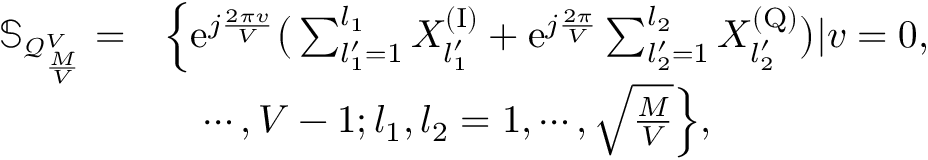
\begin{array} { r l } { \mathbb { S } _ { \mathcal { Q } _ { \frac { M } { V } } ^ { V } } = } & { \Big \{ \mathrm { e } ^ { j \frac { 2 \pi v } { V } } \big ( \sum _ { l _ { 1 } ^ { \prime } = 1 } ^ { l _ { 1 } } X _ { l _ { 1 } ^ { \prime } } ^ { \mathrm { ( I ) } } + \mathrm { e } ^ { j \frac { 2 \pi } { V } } \sum _ { l _ { 2 } ^ { \prime } = 1 } ^ { l _ { 2 } } X _ { l _ { 2 } ^ { \prime } } ^ { \mathrm { ( Q ) } } \big ) | v = 0 , } \\ & { \quad \cdots , V - 1 ; l _ { 1 } , l _ { 2 } = 1 , \cdots , \sqrt { \frac { M } { V } } \Big \} , } \end{array}